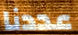
عددنا